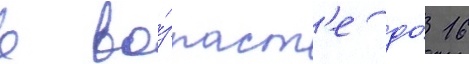
в во́зраст'е до́ 16